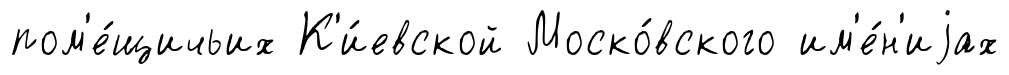
пом'е́щичьих К'и́евской Моско́вского им'е́н'иjах